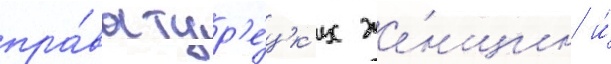
пра́ва тур'е́цк'их же́нщин и́